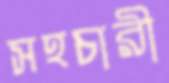
সহচারী